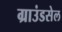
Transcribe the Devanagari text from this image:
ग्राउंडसेल